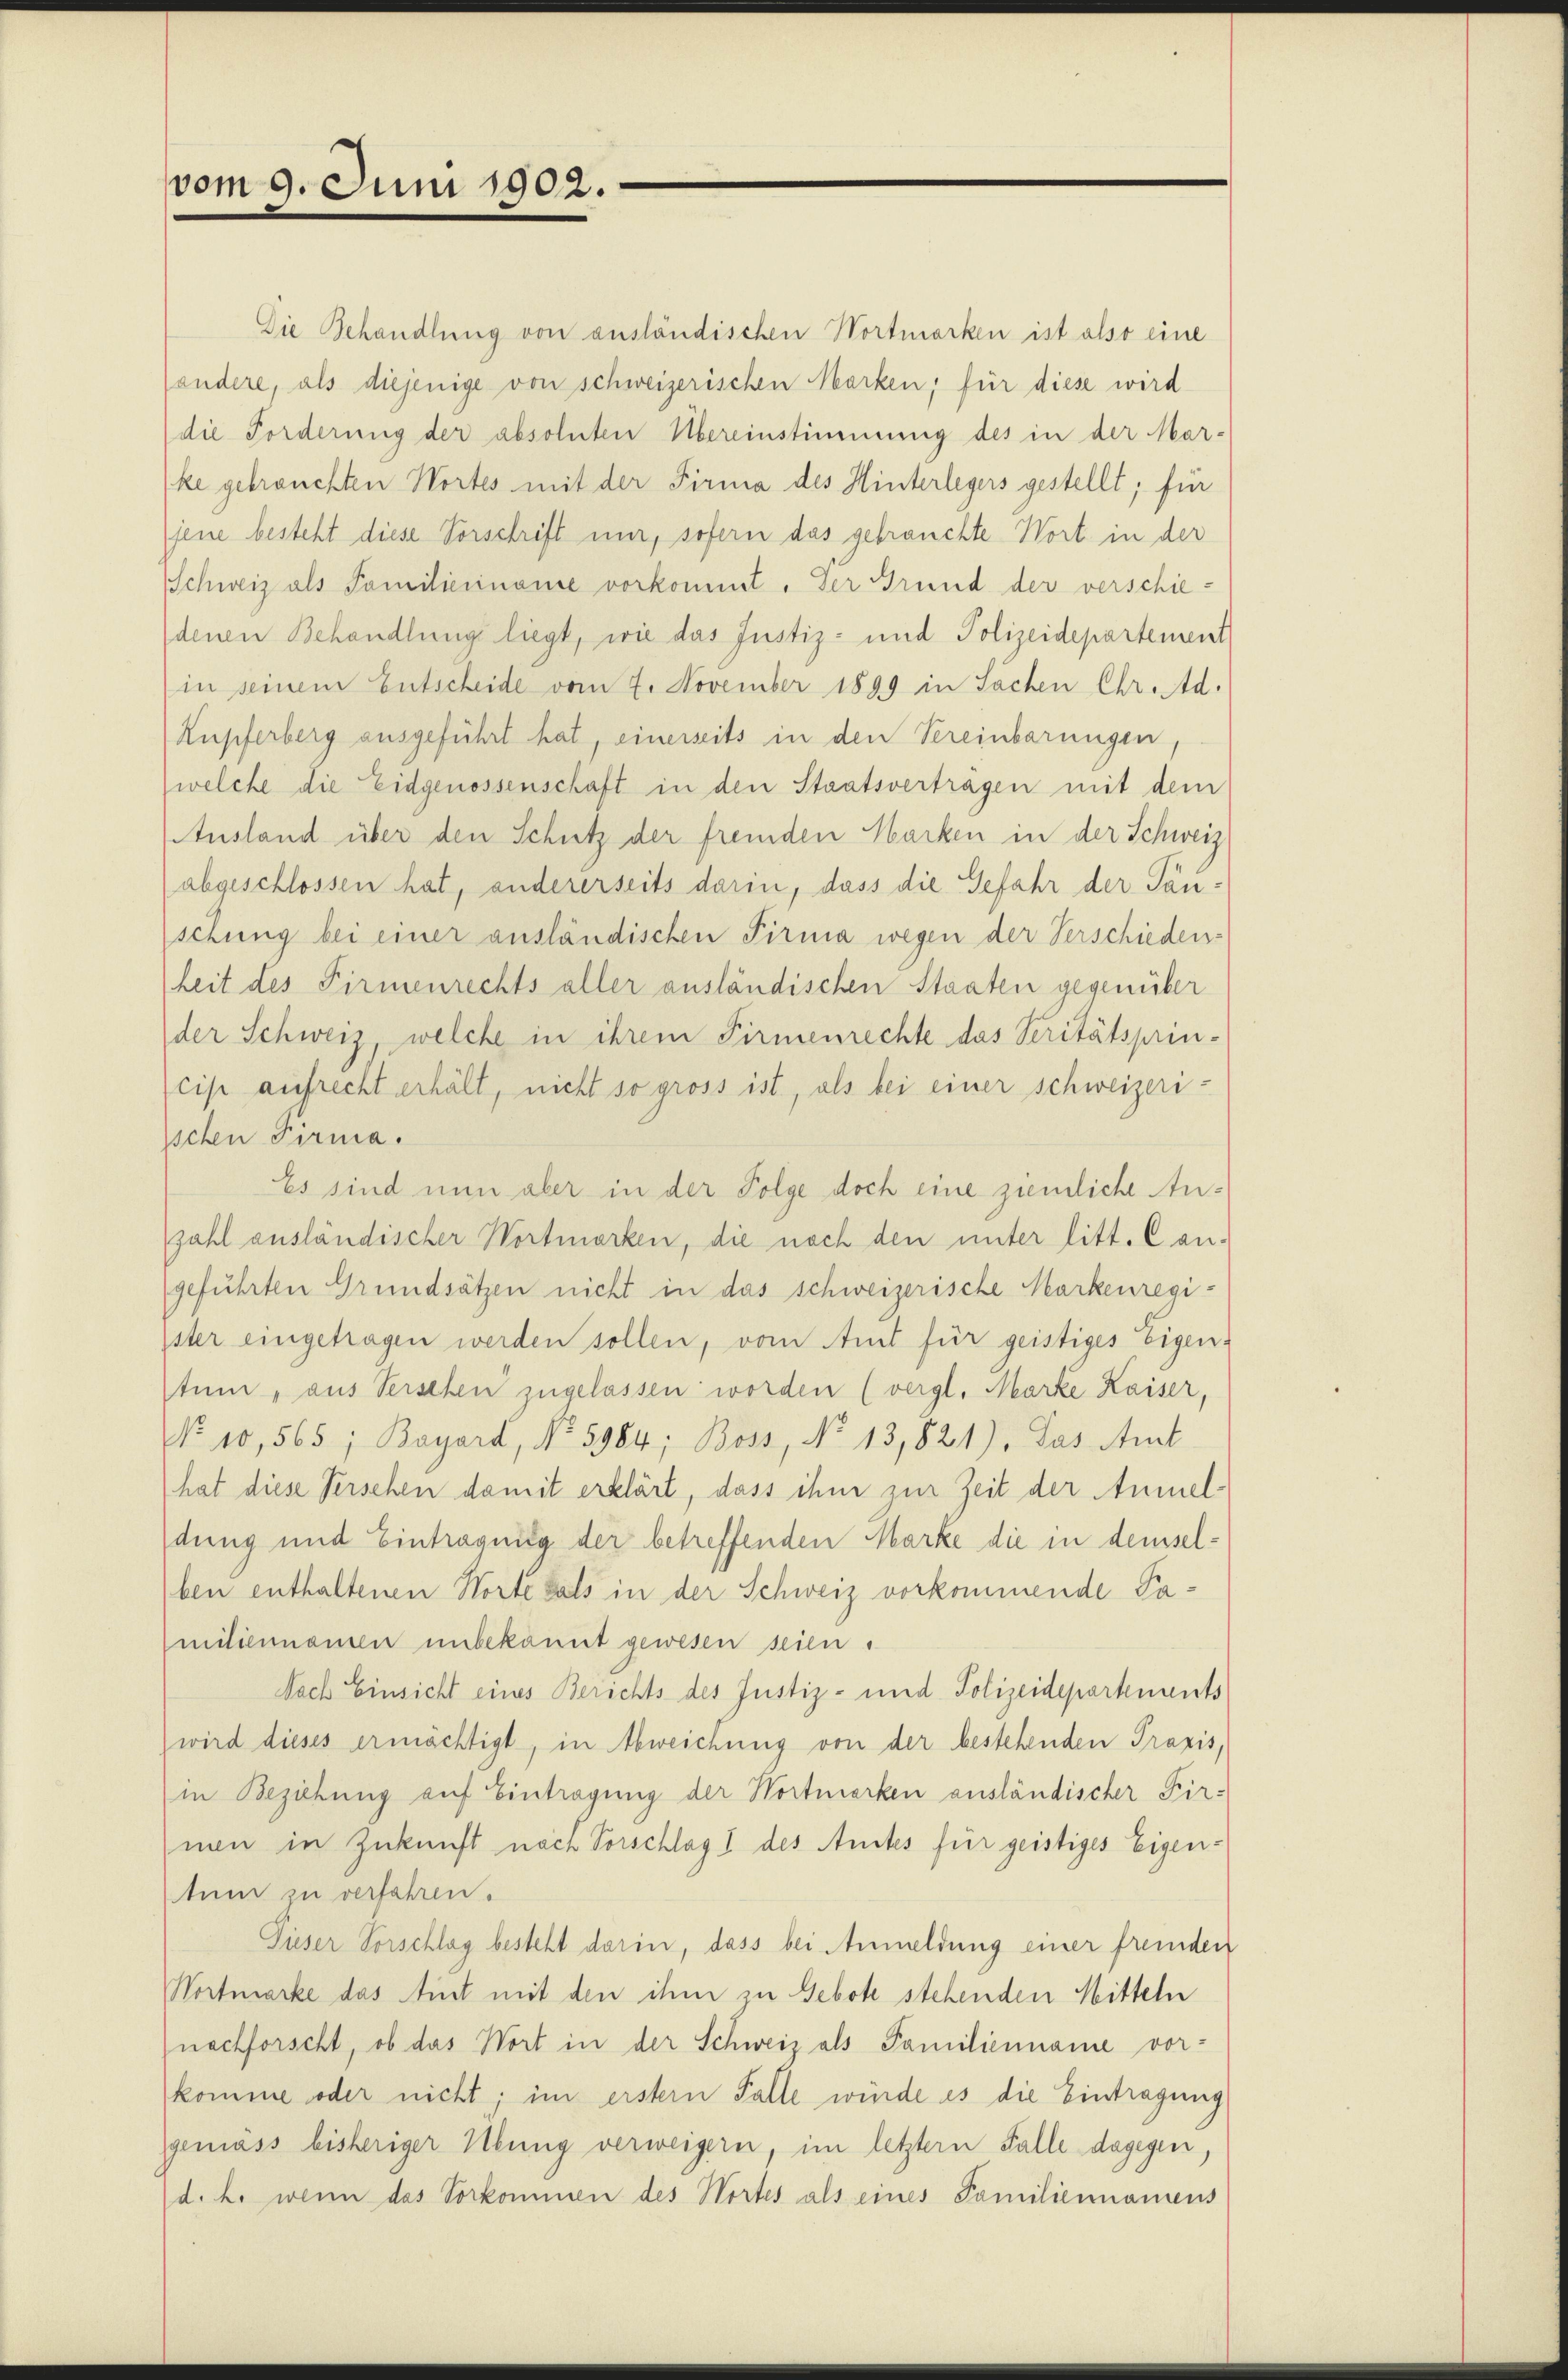
vom 9. Juni 1902.

Die Behandlung von ansländischen Wortmorken ist also eine
andere, als diejenige von schweizerischen Marken; für diese wird
die Forderung der absoluten Übereinstimmung des in der Mar-
ke gebrauchten Wortes mit der Firma des Hinterlegers gestellt; für
(jene besteht diese Vorschrift nur, sofern das gebrauchte Wort in der
Schweiz als Familieriname vorkommt. Der Grund der verschie-
denen Behandlungs liegt, wie das Justiz- und Polizeidepartement
in seinem Entscheide vom 7. November 1899 in Sachen Chr. d.
Kupferberg ausgeführt hat, einerseits in den Vereinbarungen,
welche die Eidgenossenschaft in den Staatsvertragen mit dem
Ausland über den Schutz der fremden Hacken in der Schweiz
abgeschlossen hat, andererseits darin, dass die Gefahr der Tauschung bei einer ausländischen Firma wegen der Verschieden-
heit des Firmenrechts aller ausländischen Staaten gegenüber
der Schweiz, welche in ihrem Firmenrechte das Seritätsprin-
cip aufrecht erhält, nicht so gross ist, als bei einer schweizeri-
schen Firma.
Es sind nun aber in der Folge doch eine ziemliche Anzahl ausländischer Wortmorken, die noch den unter litt. Can-
geführten Grundsätzen nicht in das schweizerische Markenregister eingetragen werden sollen, vom Amt für geistiges Eigen-
tum aus Versehen zugelassen worden (vergl. Marke Kaiser,
No 10,565; Boyard, No 5984; Boss, No 13,821). Das Amt
hat diese Verschen damit erklärt, dass ihm zur Zeit der Anmeldung und Eintragung der betreffenden Marke die in demselben enthaltenen Horte als in der Schweiz vorkommende Pamiliennamen unbekannt gewesen seien.
Nach Einsicht eines Berichts des Justiz- und Polizeidepartements
wird dieses ermächtigt, in Abweichung von der bestehenden Praxis,
in Beziehung auf Eintragung der Wortmarken ausländischer Fir-
nen in Zukunft nach Vorschlag 1 des Anstes für geistiges Eigentum zu verfahren.
Sieser Vorschlag besteht darin, dass bei Anmeldung einer fremden
Wortmarke das Amt mit den ihm zu Gebote stehenden Mitteln
nachforscht, ob das Wort in der Schweiz als Familienname vor-
komme oder nicht; im erstern Falle würde es die Eintragung
geniess bisheriger Übung verweigern, im letztern Falle dagegen,
d. h. wenn das Vorkommen des Wortes als eines Familiennamens